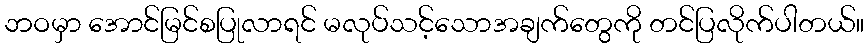
ဘဝမှာ အောင်မြင်စပြုလာရင် မလုပ်သင့်သောအချက်တွေကို တင်ပြလိုက်ပါတယ်။